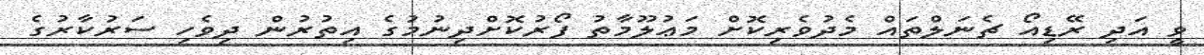
ވީ އަދި ރޭޑިއޯ ޗެނަލްތައް މެދުވެރިކޮށް މަޢުލޫމާތު ފޯރުކޮށްދިނުމުގެ އިތުރުން ދިވެހި ސަރުކާރުގެ